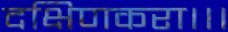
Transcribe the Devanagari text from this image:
दक्षिणकरा।।।